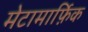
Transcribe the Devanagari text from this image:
मेटामार्फ़िक